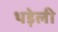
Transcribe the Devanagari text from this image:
थड़ेली